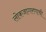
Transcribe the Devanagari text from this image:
लोकजागरणाची